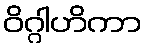
ဝိဂ္ဂါဟိကာ